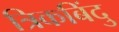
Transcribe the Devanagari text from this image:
त्रिकबिंदु